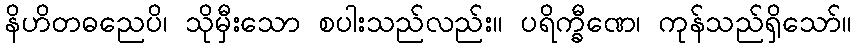
နိဟိတဓညေပိ၊ သိုမှီးသော စပါးသည်လည်း။ ပရိက္ခီဏေ၊ ကုန်သည်ရှိသော်။